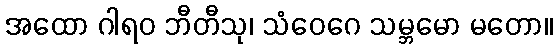
အထော ဂါရဝ ဘီတီသု၊ သံဝေဂေ သမ္ဘမော မတော။